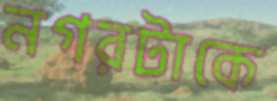
নগরটাকে